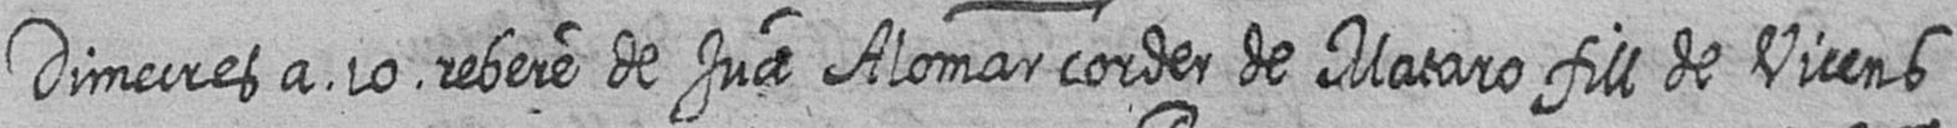
Dimecres a 10 rebere de Jua Alomar corder de Mataro fill de Vicens